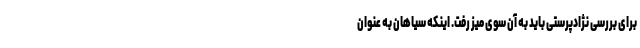
برای بررسی نژادپرستی باید به آن سوی میز رفت. اینکه سیاهان به عنوان